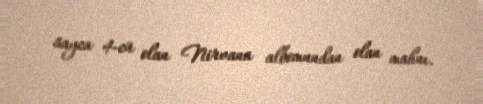
sayca 4-cü olan Nirvana albomundan olan mahnı.